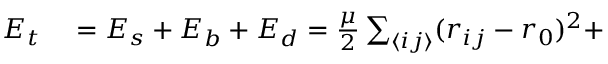
\begin{array} { r l } { E _ { t } } & { { } = E _ { s } + E _ { b } + E _ { d } = \frac { \mu } { 2 } \sum _ { \langle i j \rangle } ( r _ { i j } - r _ { 0 } ) ^ { 2 } + } \end{array}